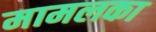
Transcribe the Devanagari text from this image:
मामलका